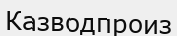
Казводпроиз